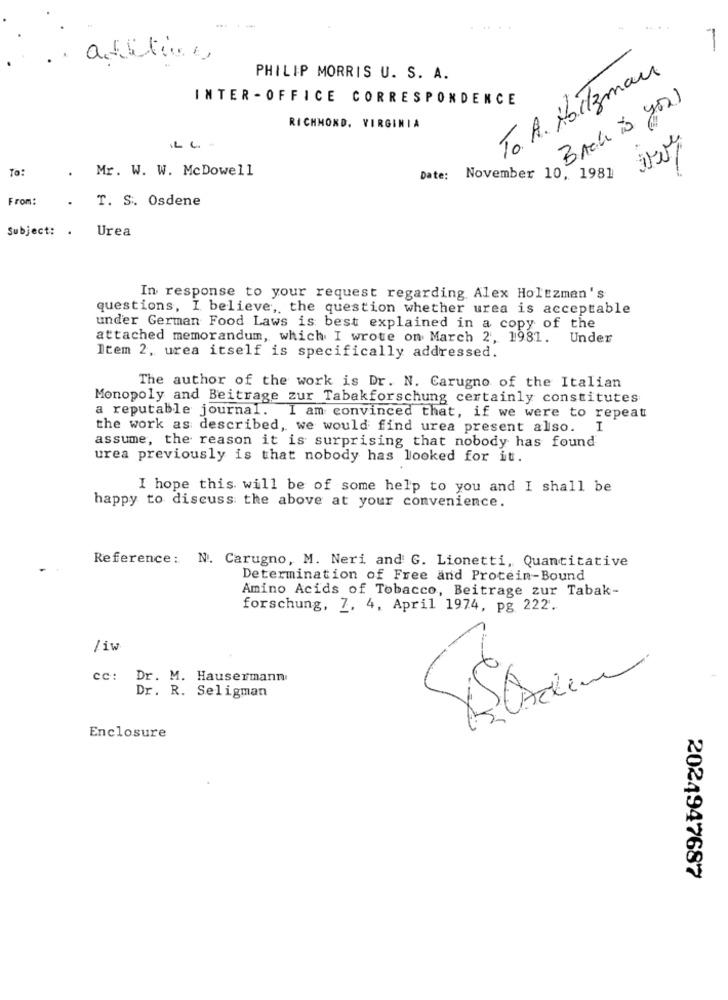
---
....
-
.. afiting
PHILIP MORRIS U. S. A.
To. A. HarTzman
INTER - OFFICE CORRESPONDENCE
Back is you
RICHMOND, VIRGINIA
To:
.
Mr. W. W. McDowell
Date:
November 10, 1981
From:
.
T. S. Osdene
Subject: .
Urea
In response to your request regarding. Alex Holtzman's
questions, I believe ,, the question whether urea is acceptable
under German Food Laws is best explained in a copy of the
attached memorandum, which I wrote on March 2, 1981. Under
Item 2, urea itself is specifically addressed.
The author of the work is Dr. N. Carugno of the Italian
Monopoly and Beitrage zur Tabakforschung certainly constitutes
a reputable journal. I am convinced that, if we were to repeat
the work as described, we would find urea present also. I
assume, the reason it is surprising that nobody has found
urea previously is that nobody has looked for it.
I hope this will be of some help to you and I shall be
happy to discuss the above at your convenience.
Reference: N. Carugno, M. Neri and G. Lionetti, Quantitative
Determination of Free and Protein-Bound
Amino Acids of Tobacco, Beitrage zur Tabak-
forschung, 7, 4, April 1974, pg 222.
/iw
cc: Dr. M. Hausermann
Dr. R. Seligman
Enclosure
2024947687